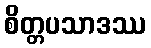
စိတ္တပသာဒဿ